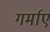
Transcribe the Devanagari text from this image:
गर्माए